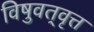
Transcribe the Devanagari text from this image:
विषुवत्‌वृत्त